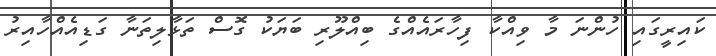
ކައިރީގައި ހުންނަ މާ ވިއްކާ ފިހާރައެއްގެ ބިއްލޫރި ބަޔަކު ގޮސް ތަޅާލިތަނާ ގަޑިއެއްހާއިރު